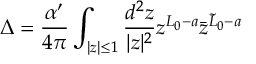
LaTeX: \Delta = { \frac { \alpha ^ { \prime } } { 4 \pi } } \int _ { | z | \leq 1 } { \frac { d ^ { 2 } z } { | z | ^ { 2 } } } z ^ { L _ { 0 } - a } \bar { z } ^ { \tilde { L } _ { 0 } - a }